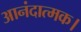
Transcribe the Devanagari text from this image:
आनंदात्मक।